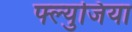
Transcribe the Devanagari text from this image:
फ्ल्युजिया